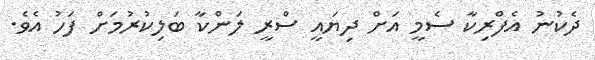
ދެކުނު އެފްރިކާ ސެމީ އަށް ދިޔައީ ސްރީ ލަންކާ ބަލިކުރުމަށް ފަހު އެވެ.